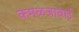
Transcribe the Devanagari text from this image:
कमळजाबाई